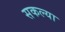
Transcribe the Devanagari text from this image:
सकल्या